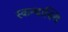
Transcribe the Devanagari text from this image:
स्कन्धास्थि